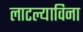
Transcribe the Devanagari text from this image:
लाटल्याविना